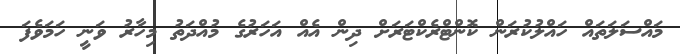
މައްސަލަތައް ހައްލުކުރަން ކޮންޓްރެކްޓަރަށް ދިން އެއް އަހަރުގެ މުއްދަތު މިހާރު ވަނީ ހަމަވެފަ